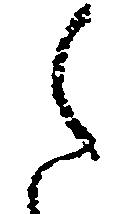
之